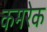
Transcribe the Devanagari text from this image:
कमरेक